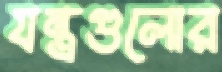
যন্ত্রগুলোর